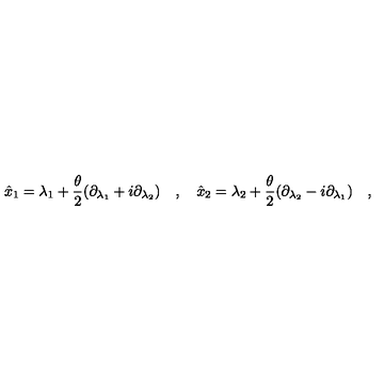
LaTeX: \hat { x } _ { 1 } = \lambda _ { 1 } + \frac { \theta } { 2 } ( \partial _ { \lambda _ { 1 } } + i \partial _ { \lambda _ { 2 } } ) \quad , \quad \hat { x } _ { 2 } = \lambda _ { 2 } + \frac { \theta } { 2 } ( \partial _ { \lambda _ { 2 } } - i \partial _ { \lambda _ { 1 } } ) \quad ,